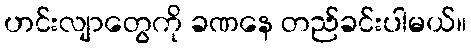
ဟင်းလျာတွေကို ခဏနေ တည်ခင်းပါမယ်။